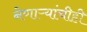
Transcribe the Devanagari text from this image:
नेणाऱ्यांचीही